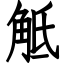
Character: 觝